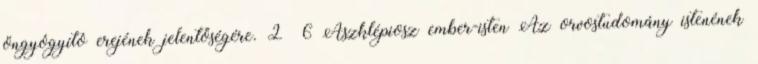
öngyógyító erejének jelentőségére. 2 6 Aszklépiosz ember-isten Az orvostudomány istenének